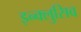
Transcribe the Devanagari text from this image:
इन्क्लुसिव